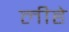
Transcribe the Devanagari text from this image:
लीहे